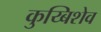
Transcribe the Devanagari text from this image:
कुय्बिशेव